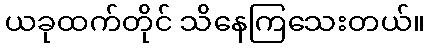
ယခုထက်တိုင် သိနေကြသေးတယ်။